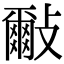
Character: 𣀑